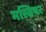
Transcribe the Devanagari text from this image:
मस्सियर